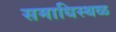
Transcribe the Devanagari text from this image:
समाधिस्‍थळ